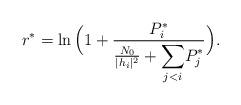
LaTeX: \begin{align*} r^*=\ln\Big( 1+\frac{P_i^*}{\frac{N_0}{|h_i|^2}+\displaystyle{\sum_{j<i}}P_j^*}\Big).\end{align*}